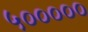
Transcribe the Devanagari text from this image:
५०००००